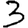
Digit: 3